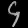
Digit: ၄